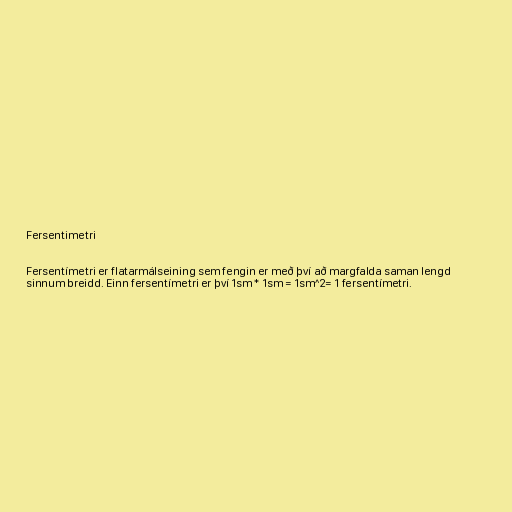
Fersentimetri

Fersentímetri er flatarmálseining sem fengin er með því að margfalda saman lengd
sinnum breidd. Einn fersentímetri er því 1sm * 1sm = 1sm^2= 1 fersentímetri.